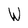
Character: W